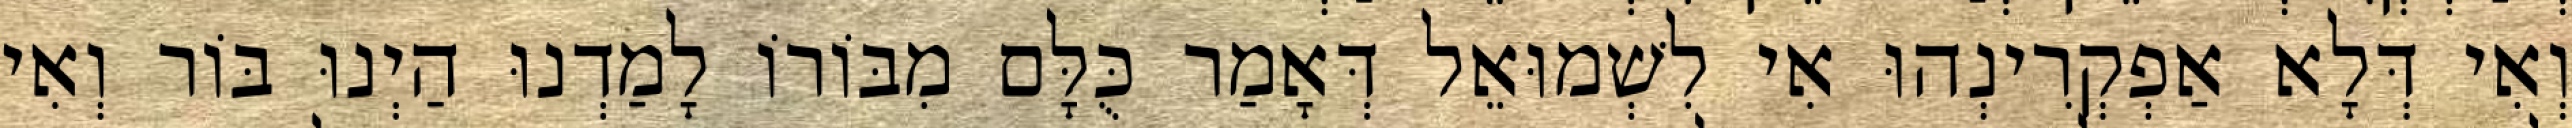
וְאִי דְּלָא אַפְקְרִינְהוּ אִי לִשְׁמוּאֵל דְּאָמַר כֻּלָּם מִבּוֹרוֹ לָמַדְנוּ הַיְנוּ בּוֹר וְאִי